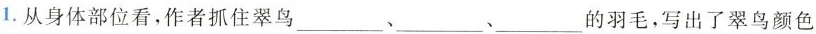
1.从身体部位看.作者抓住翠鸟___、___、___的羽毛，写出了翠鸟颜色